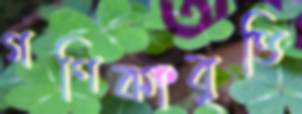
গণিকাবৃত্তি